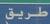
طريق